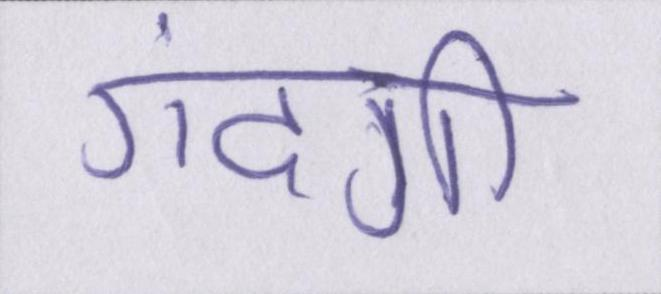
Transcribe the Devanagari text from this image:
गंदगी